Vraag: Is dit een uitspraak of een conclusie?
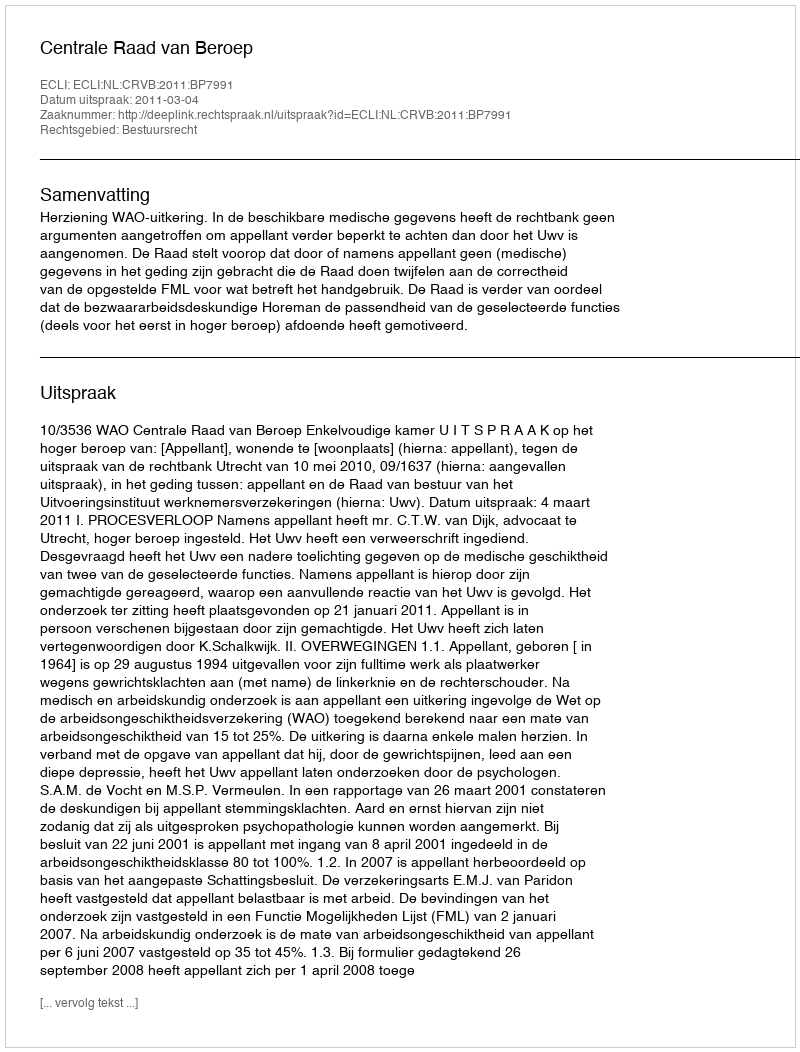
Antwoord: Uitspraak